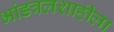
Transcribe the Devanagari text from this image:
भांडवलशाहीला